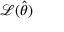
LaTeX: { \mathcal { L } } ( { \hat { \theta } } )